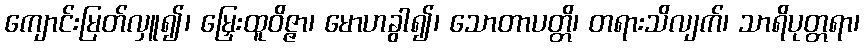
ကျောင်းမြတ်လှူ၍၊ မြှေးထူဝိဇ္ဇာ၊ မောဟခွါ၍၊ သောတာပတ္တိ၊ တရားသိလျက်၊ သာရိပုတ္တရာ၊